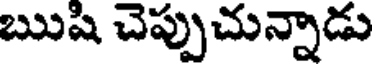
ఋషి చెప్పుచున్నాడు